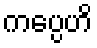
ကပ္ပေဟိ